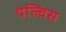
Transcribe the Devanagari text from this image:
पेल्विस